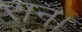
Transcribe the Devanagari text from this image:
रान।